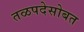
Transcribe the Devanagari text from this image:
तळपदेसोबत